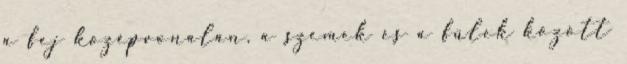
a fej középvonalán, a szemek és a fülek között